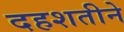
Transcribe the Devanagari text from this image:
दहशतीने